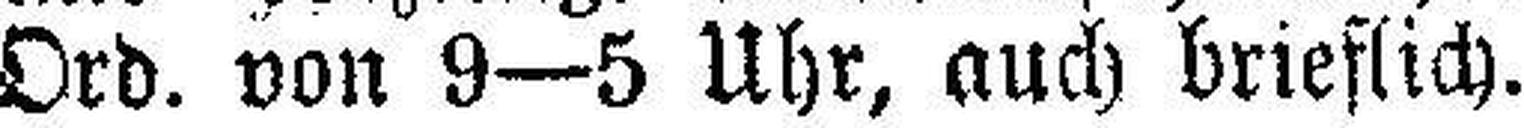
Ord. von 9—5 Uhr, auch brieflich.